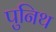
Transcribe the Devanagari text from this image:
पुनिथ